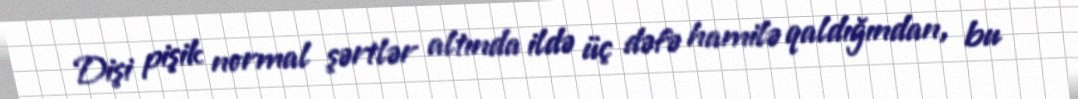
Dişi pişik normal şərtlər altında ildə üç dəfə hamilə qaldığından, bu